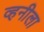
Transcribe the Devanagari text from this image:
व्हनीला